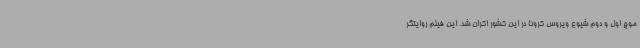
موج اول و دوم شیوع ویروس کرونا در این کشور اکران شد. این فیلم روایتگر